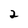
Character: 2